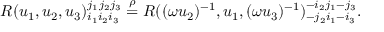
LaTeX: R ( u _ { 1 } , u _ { 2 } , u _ { 3 } ) _ { i _ { 1 } i _ { 2 } i _ { 3 } } ^ { j _ { 1 } j _ { 2 } j _ { 3 } } \stackrel { \rho } { = } R ( ( \omega u _ { 2 } ) ^ { - 1 } , u _ { 1 } , ( \omega u _ { 3 } ) ^ { - 1 } ) _ { - j _ { 2 } i _ { 1 } - i _ { 3 } } ^ { - i _ { 2 } j _ { 1 } - j _ { 3 } } .